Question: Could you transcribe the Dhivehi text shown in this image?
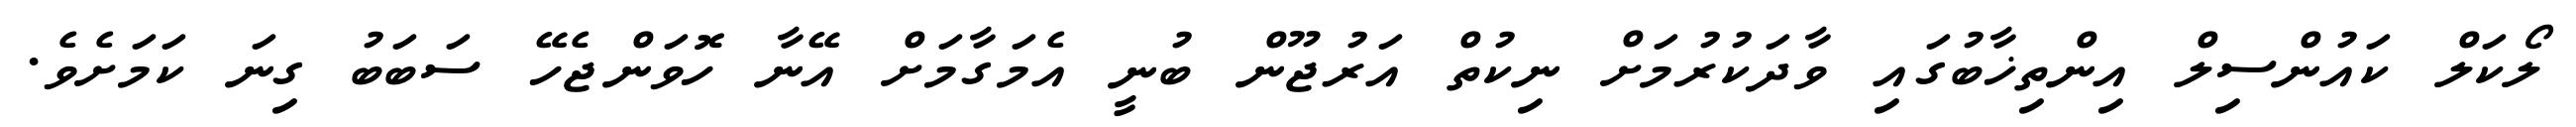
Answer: ލޯކަލް ކައުންސިލް އިންތިޚާބުގައި ވާދަކުރުމަށް ނިކުތް އަރުޖޫން ބުނީ އެމަގާމަށް އޭނާ ހޮވަންޖެހޭ ސަބަބު ގިނަ ކަމަށެވެ.